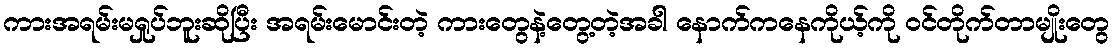
ကားအရမ်းမရှုပ်ဘူးဆိုပြီး အရမ်းမောင်းတဲ့ ကားတွေနဲ့တွေ့တဲ့အခါ နောက်ကနေကိုယ့်ကို ဝင်တိုက်တာမျိုးတွေ